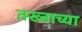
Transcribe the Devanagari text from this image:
तख्ताच्या